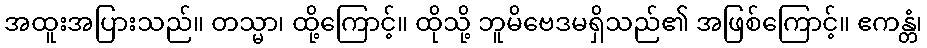
အထူးအပြားသည်။ တသ္မာ၊ ထို့ကြောင့်။ ထိုသို့ ဘူမိဗေဒမရှိသည်၏ အဖြစ်ကြောင့်။ ဧကန္တံ၊